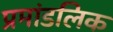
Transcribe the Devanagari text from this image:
प्रमांडलिक